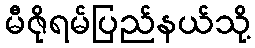
မီဇိုရမ်ပြည်နယ်သို့